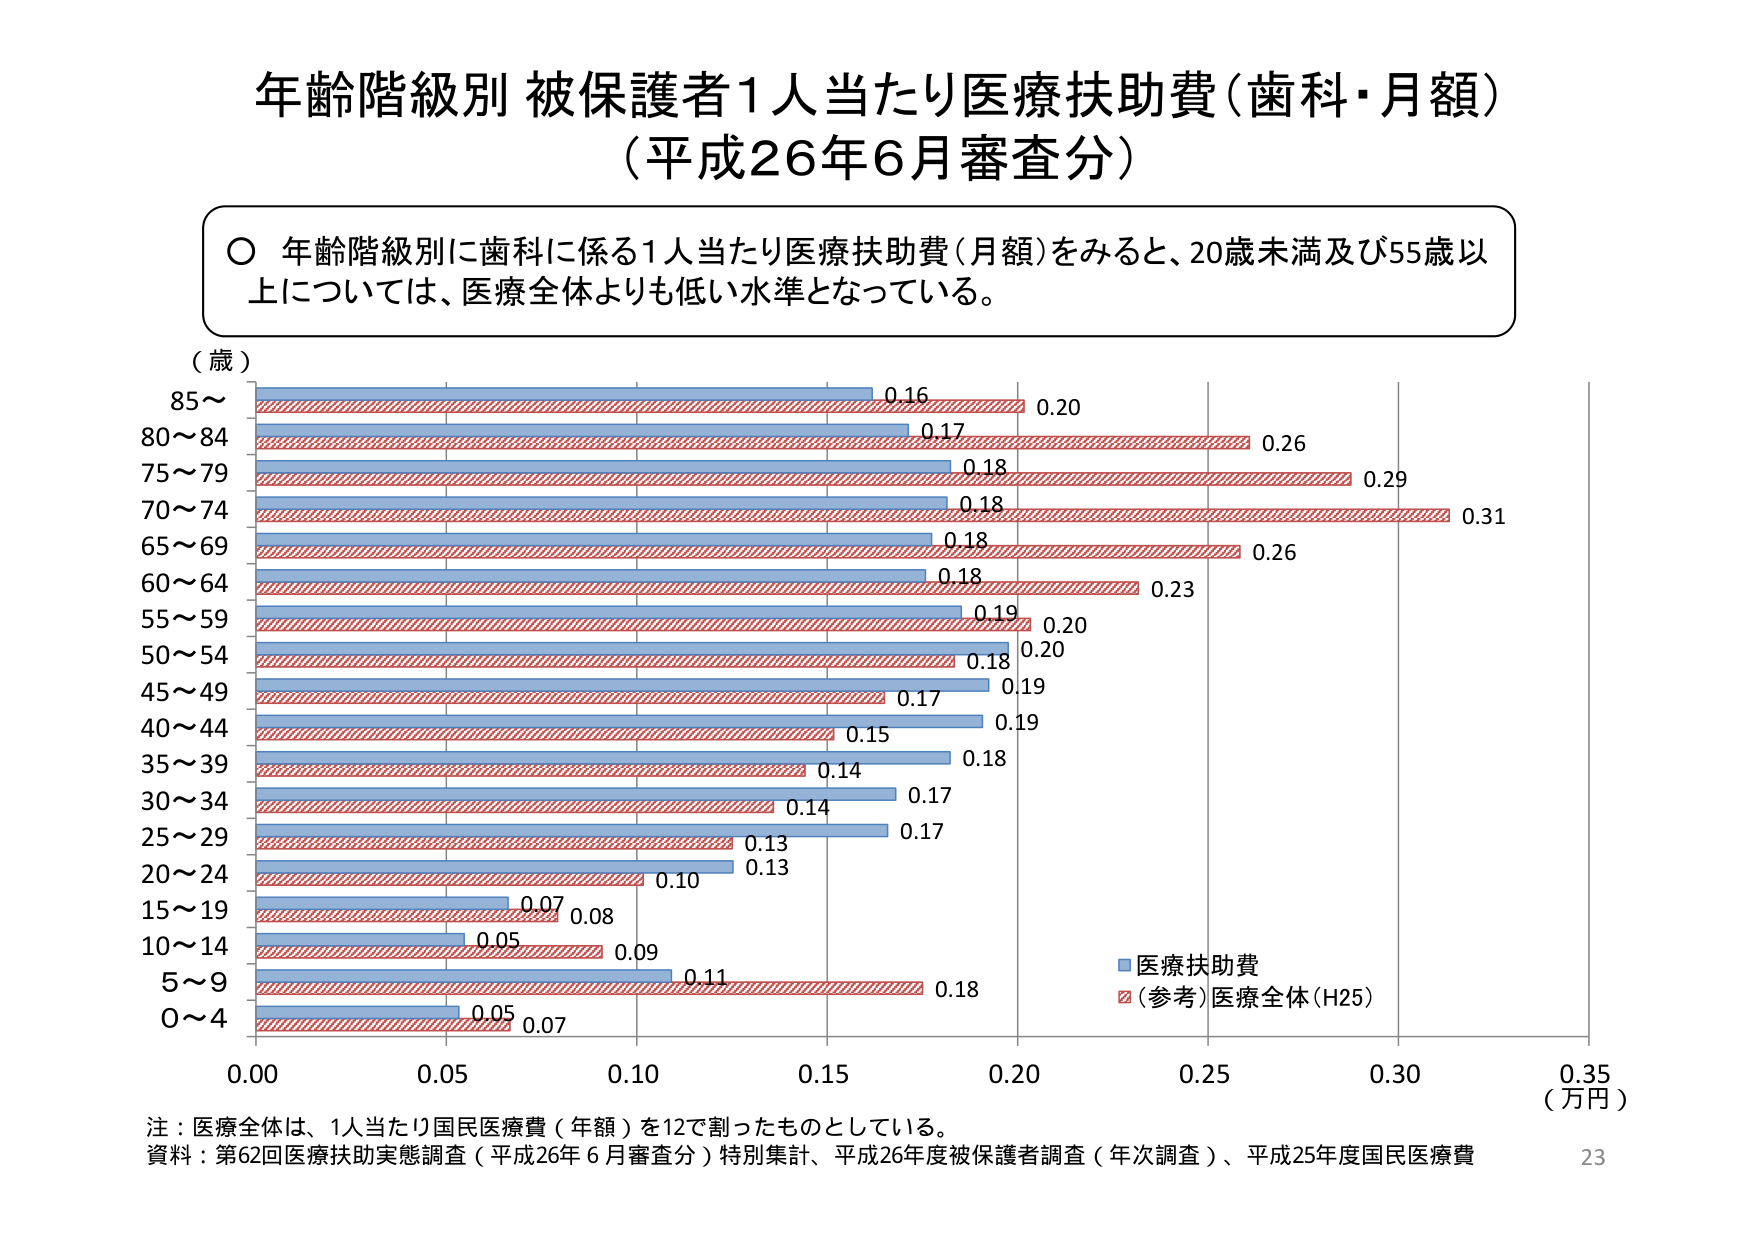
年齢階級別 被保護者1人当たり医療扶助費（歯科・月額）
（平成26年6月審査分）

○ 年齢階級別に歯科に係る1人当たり医療扶助費（月額）をみると、20歳未満及び55歳以上については、医療全体よりも低い水準となっている。

（歳）
85～
80～84
75～79
70～74
65～69
60～64
55～59
50～54
45～49
40～44
35～39
30～34
25～29
20～24
15～19
10～14
5～9
0～4

0.16  0.20
0.17  0.26
0.18  0.29
0.18  0.31
0.18  0.26
0.18  0.23
0.19  0.20
0.18  0.20
0.17  0.19
0.15  0.19
0.14  0.18
0.17  0.14
0.17  0.13
0.13  0.10
0.07  0.08
0.05  0.09
0.11  0.18
0.05  0.07

0.00  0.05  0.10  0.15  0.20  0.25  0.30  0.35
（万円）

■ 医療扶助費
■（参考）医療全体（H25）

注：医療全体は、1人当たり国民医療費（年額）を12で割ったものとしている。
資料：第62回医療扶助実態調査（平成26年6月審査分）特別集計、平成26年度被保護者調査（年次調査）、平成25年度国民医療費
23